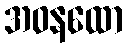
အဝနထော